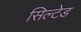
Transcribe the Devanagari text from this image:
सिल्टेड